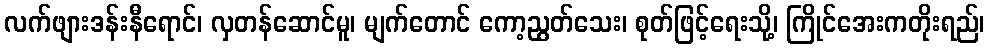
လက်ဖျားဒန်းနီရောင်၊ လှတန်ဆောင်မူ၊ မျက်တောင် ကော့ညွတ်သေး၊ စုတ်ဖြင့်ရေးသို့၊ ကြိုင်အေးကတိုးရည်၊